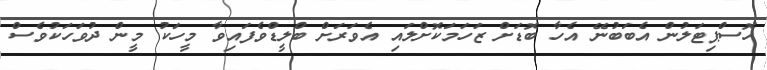
ހޮސްޕިޓަލުން އެބަބުނޭ އެހާ ބޮޑަށް ޒަހަމަކޮށްލައި އެވަރަށް ބްލީޑްވެފައިވާ މީހަކު މީން ދުވަހަކުވެސް